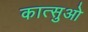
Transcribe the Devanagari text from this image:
कात्सुओ